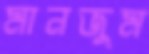
মানজুম